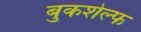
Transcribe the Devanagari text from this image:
बुकशेल्फ